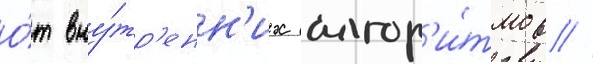
О́т вну́тр'енн'их алгор'и́тмов //